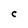
Character: c